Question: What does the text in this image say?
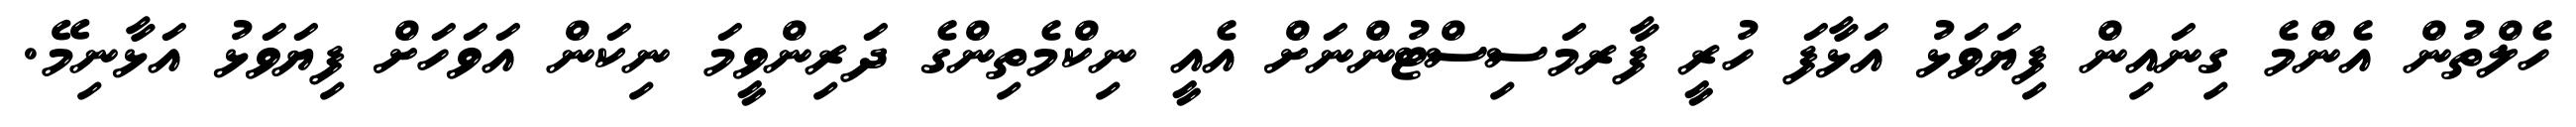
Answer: ހެލްތުން އެންމެ ގިނައިން ފިޔަވަޅު އަޅާފަ ހުރީ ފާރމަސިސްޓުންނަށް އެއީ ނިކްމެތިންގެ ދަރިންވީމަ ނިކަން އަވަހަށް ފިޔަވަޅު އަޅާނިމޭ.